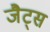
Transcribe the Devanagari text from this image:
जैट्स